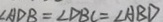
\angle A D B = \angle D B C = \angle A B D